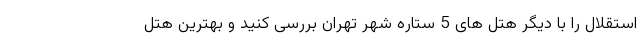
استقلال را با دیگر هتل های 5 ستاره شهر تهران بررسی کنید و بهترین هتل